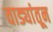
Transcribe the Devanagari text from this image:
वाड्यांतून